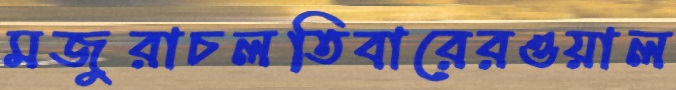
মজুরাচলতিবারেরওয়াল